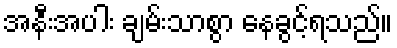
အနီးအပါး ချမ်းသာစွာ နေခွင့်ရသည်။